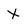
Character: x